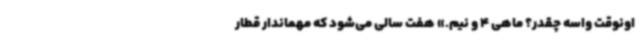
اونوقت واسه چقدر؟ ماهی 4 و نیم.» هفت سالی می‌شود که مهماندار قطار